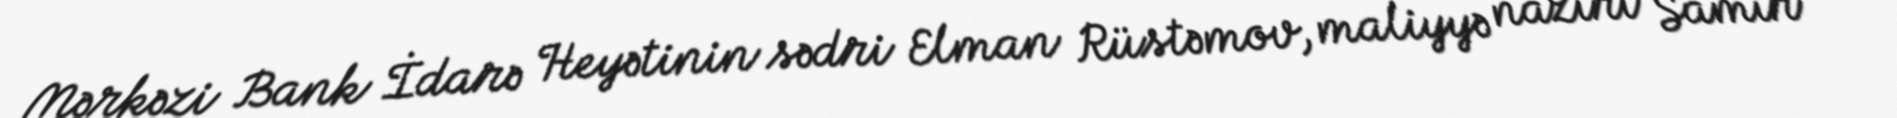
Mərkəzi Bank İdarə Heyətinin sədri Elman Rüstəmov, maliyyə naziri Samir